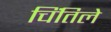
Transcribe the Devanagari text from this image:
चिंतिले